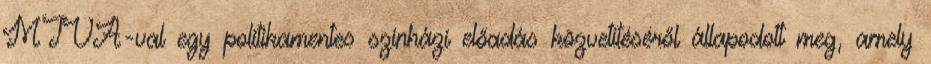
MTVA-val egy politikamentes színházi előadás közvetítéséről állapodott meg, amely